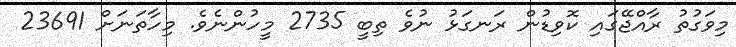
މިވަގުތު ރާއްޖޭގައި ކޮވިޑުން ރަނގަޅު ނުވެ ތިބީ 2735 މީހުންނެވެ. މިހާތަނަށް 23691